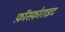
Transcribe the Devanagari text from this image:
फ़ॉस्फ़ोराइट